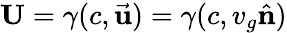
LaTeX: \mathbf{U}=\gamma(c,{\vec{\mathbf{u}}})=\gamma(c,v_{g}{\hat{\mathbf{n}}})